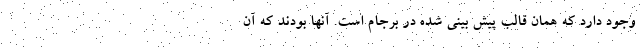
وجود دارد که همان قالب پیش بینی شده در برجام است. آنها بودند که آن